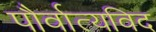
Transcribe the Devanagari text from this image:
पौर्वात्यविद